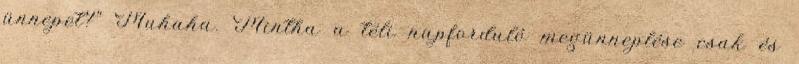
ünnepet?" Muhaha. Mintha a téli napforduló megünneplése csak és